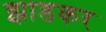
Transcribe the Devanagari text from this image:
झाडकर